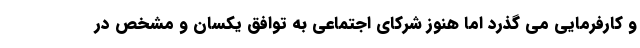
و کارفرمایی می گذرد اما هنوز شرکای اجتماعی به توافق یکسان و مشخص در